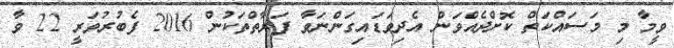
ވީމާ މި މަސައްކަތް ކޮށްދެއްވަން އެދިވަޑައިގަންނަވާ ފަރާތްތަކުން 2016 ފެބުރުވަރީ 22 ވާ